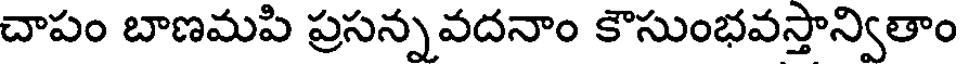
చాపం బాణమపి ప్రసన్నవదనాం కౌసుంభవస్తాన్వితాం